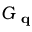
G _ { \textbf { q } }